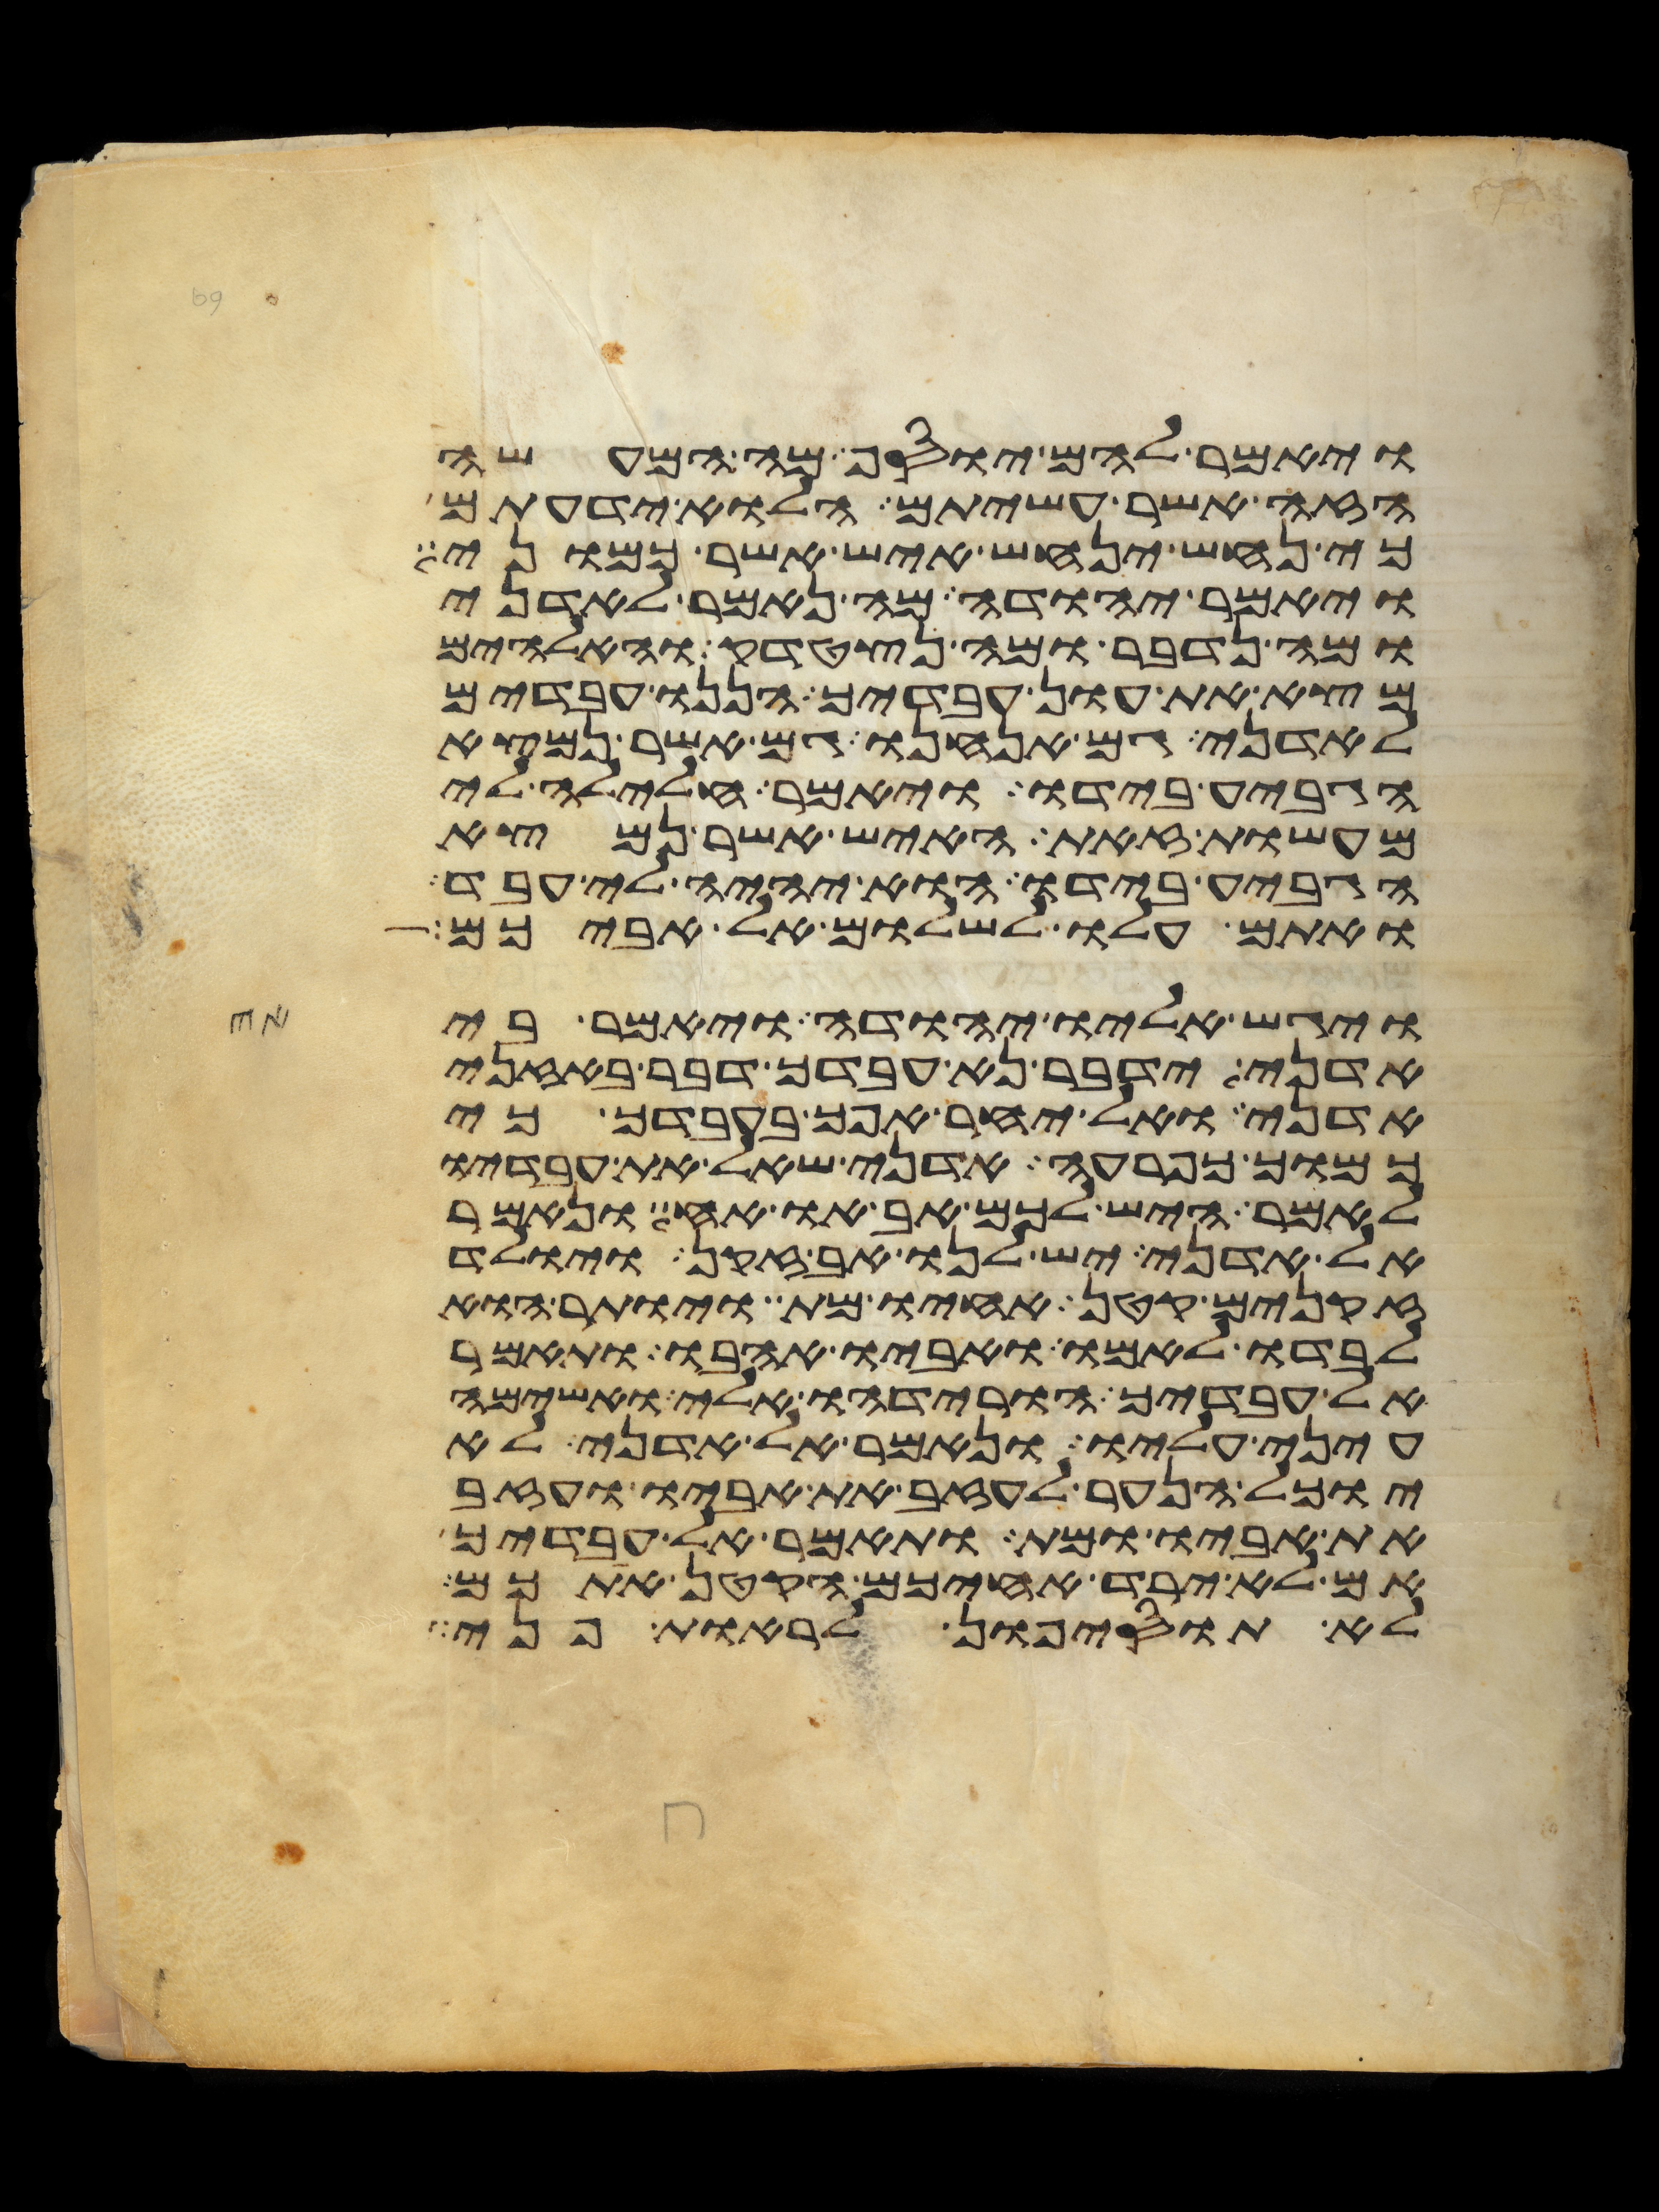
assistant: ויאמר להם יוסף מה המעשה
הזה אשר עשיתם הלוא ידעתם
כי נחש ינחש איש אשר כמוני
ויאמר יהודה מה נאמר לאדני
ומה נדבר ומה נצטדק והאלהים
מצא את עון עבדיך הננו עבדים
לאדני גם אנחנו גם אשר נמצא
הגביע בידו ויאמר חלילה לי
מעשות זאת האיש אשר נמצא
הגביע בידו הוא יהיה לי עבד
ואתם עלו לשלום אל אביכם
ויגש אליו יהודה ויאמר בי
אדני ידבר נא עבדך דבר באזני
אדני ואל יחר אפך בעבדך כי
כמוך כפרעה אדני שאל את עבדיו
לאמר היש לכם אב או אח ונאמר
אל אדני יש לנו אב זקן ויולד
זקנים קטן אחיו מת ויותר הוא
לבדו לאמו ואביו אהבו ותאמר
אל עבדיך הורידהו אלי ואשימה
עיני עליו ונאמר אל אדני לא
יוכל הנער לעזב את אביו ועזב
את אביו ומת ותאמר אל עבדיך
אם לא ירד אחיכם הקטן אתכם
לא תוסיפון לראות פני